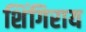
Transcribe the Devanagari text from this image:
शिंगिराय